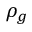
\rho _ { g }